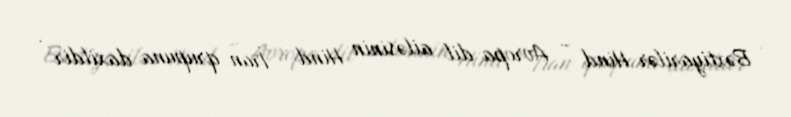
Bəxtiyarilər Hind - Avropa dil ailəsinin Hind - İran qrupuna daxildir .